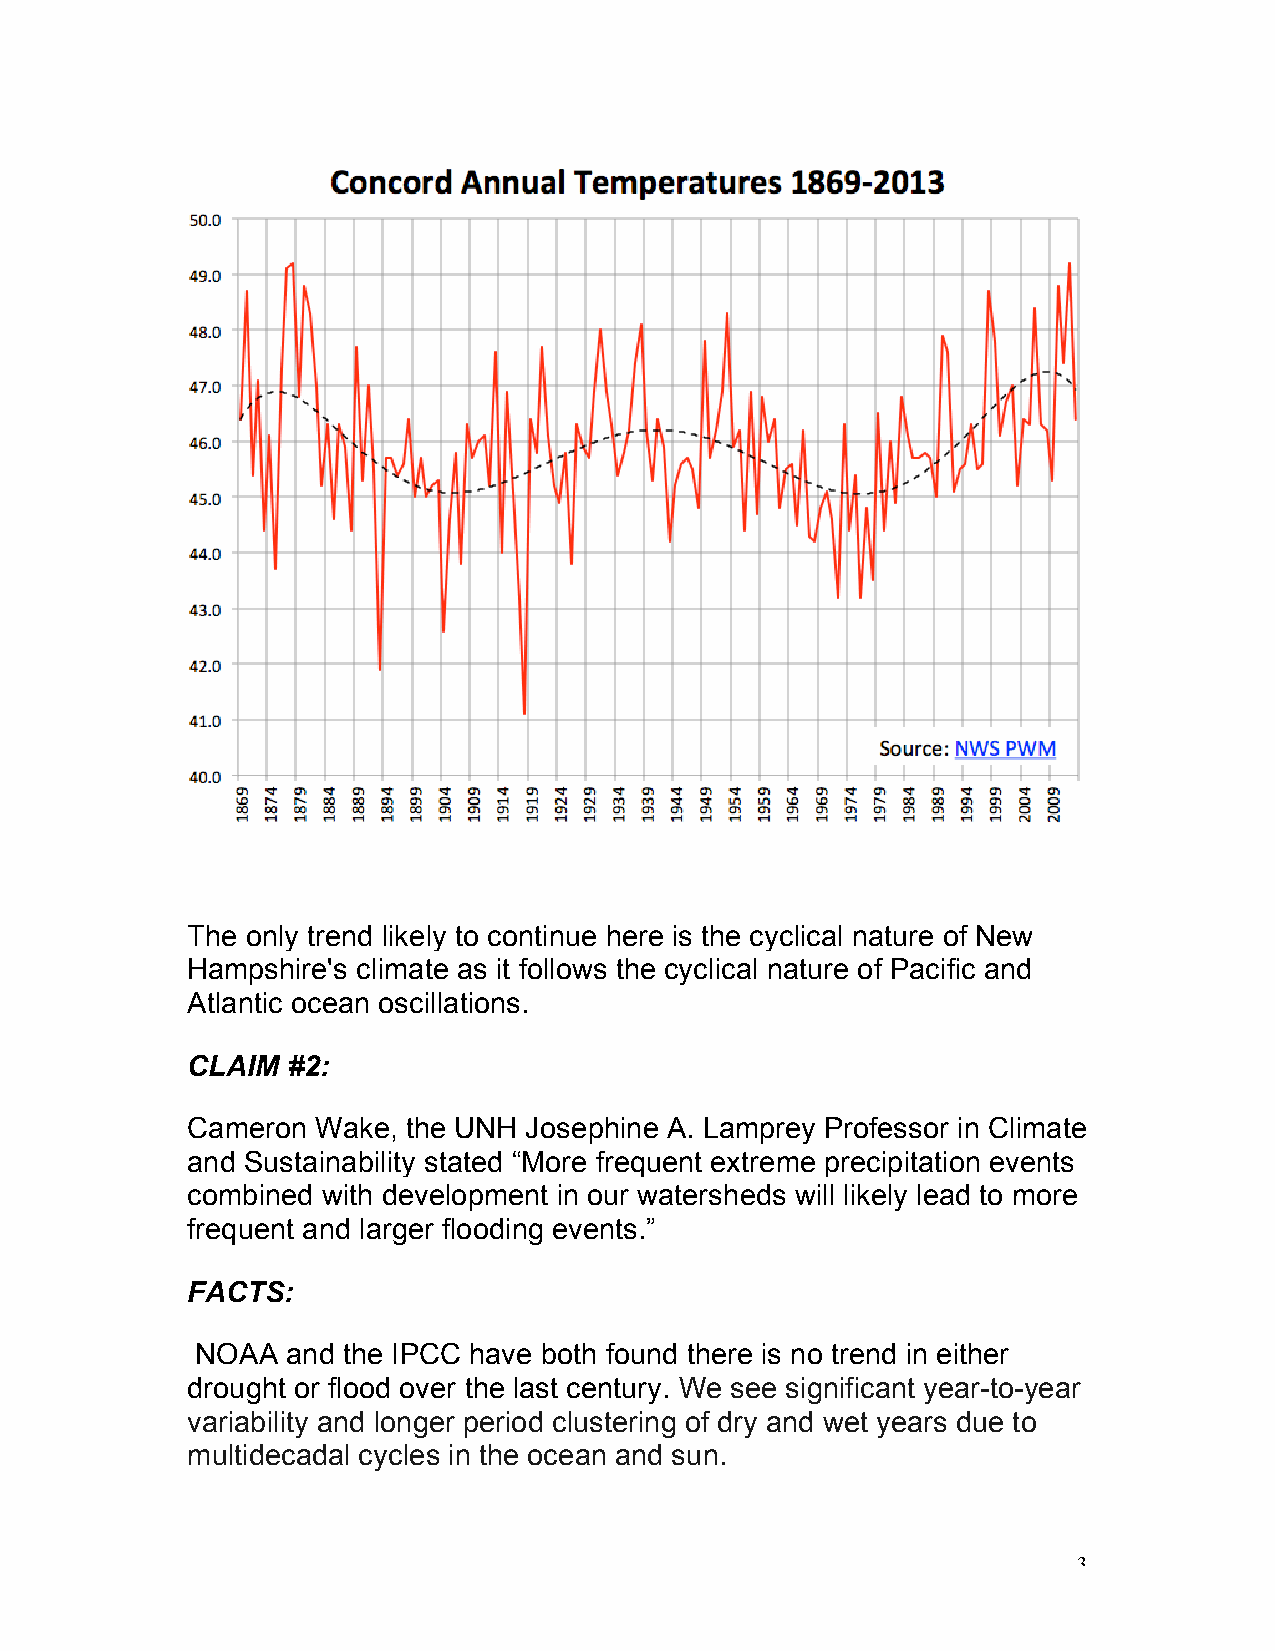
The only trend likely to continue here is the cyclical nature of New
 Hampshire's climate as it follows the cyclical nature of Pacific and
 Atlantic ocean oscillations.
 CLAIM  #2:
 Cameron  Wake, the UNH Josephine A. Lamprey Professor in Climate
 and Sustainability stated “More frequent extreme precipitation events
 combined with development in our watersheds will likely lead to more
 frequent and larger flooding events.”
 FACTS:
 NOAA  and the IPCC have both found there is no trend in either
 drought or flood over the last century. We see significant year-to-year
 variability and longer period clustering of dry and wet years due to
 multidecadal cycles in the ocean and sun.
 3